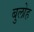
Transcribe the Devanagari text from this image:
बुलोह